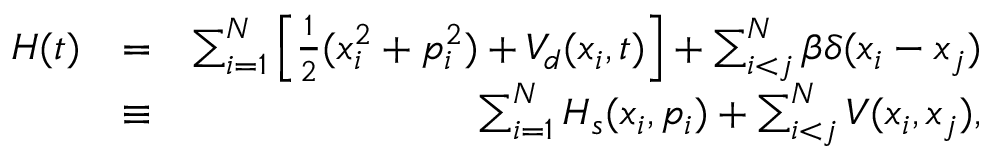
\begin{array} { r l r } { H ( t ) } & { = } & { \sum _ { i = 1 } ^ { N } \left[ \frac { 1 } { 2 } ( x _ { i } ^ { 2 } + p _ { i } ^ { 2 } ) + V _ { d } ( x _ { i } , t ) \right] + \sum _ { i < j } ^ { N } \beta \delta ( x _ { i } - x _ { j } ) } \\ & { \equiv } & { \sum _ { i = 1 } ^ { N } H _ { s } ( x _ { i } , p _ { i } ) + \sum _ { i < j } ^ { N } V ( x _ { i } , x _ { j } ) , } \end{array}